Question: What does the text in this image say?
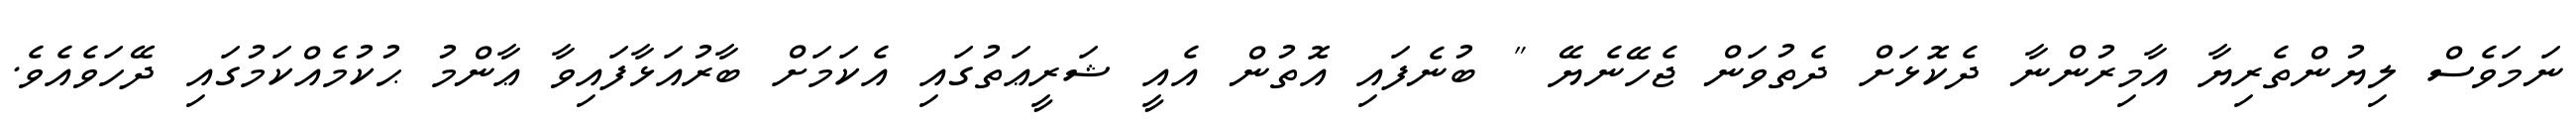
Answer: ނަމަވެސް ލިޔުންތެރިޔާ އާމިރުންނާ ދެކޮޅަށް ދެތުވަން ޖެހޭނެޔޭ " ބުނެފައި އޮތުން އެއީ ޝަރީޢަތުގައި އެކަމަށް ބާރުއަޅާފައިވާ ޢާންމު ޙުކުމެއްކަމުގައި ދޭހަވެއެވެ.